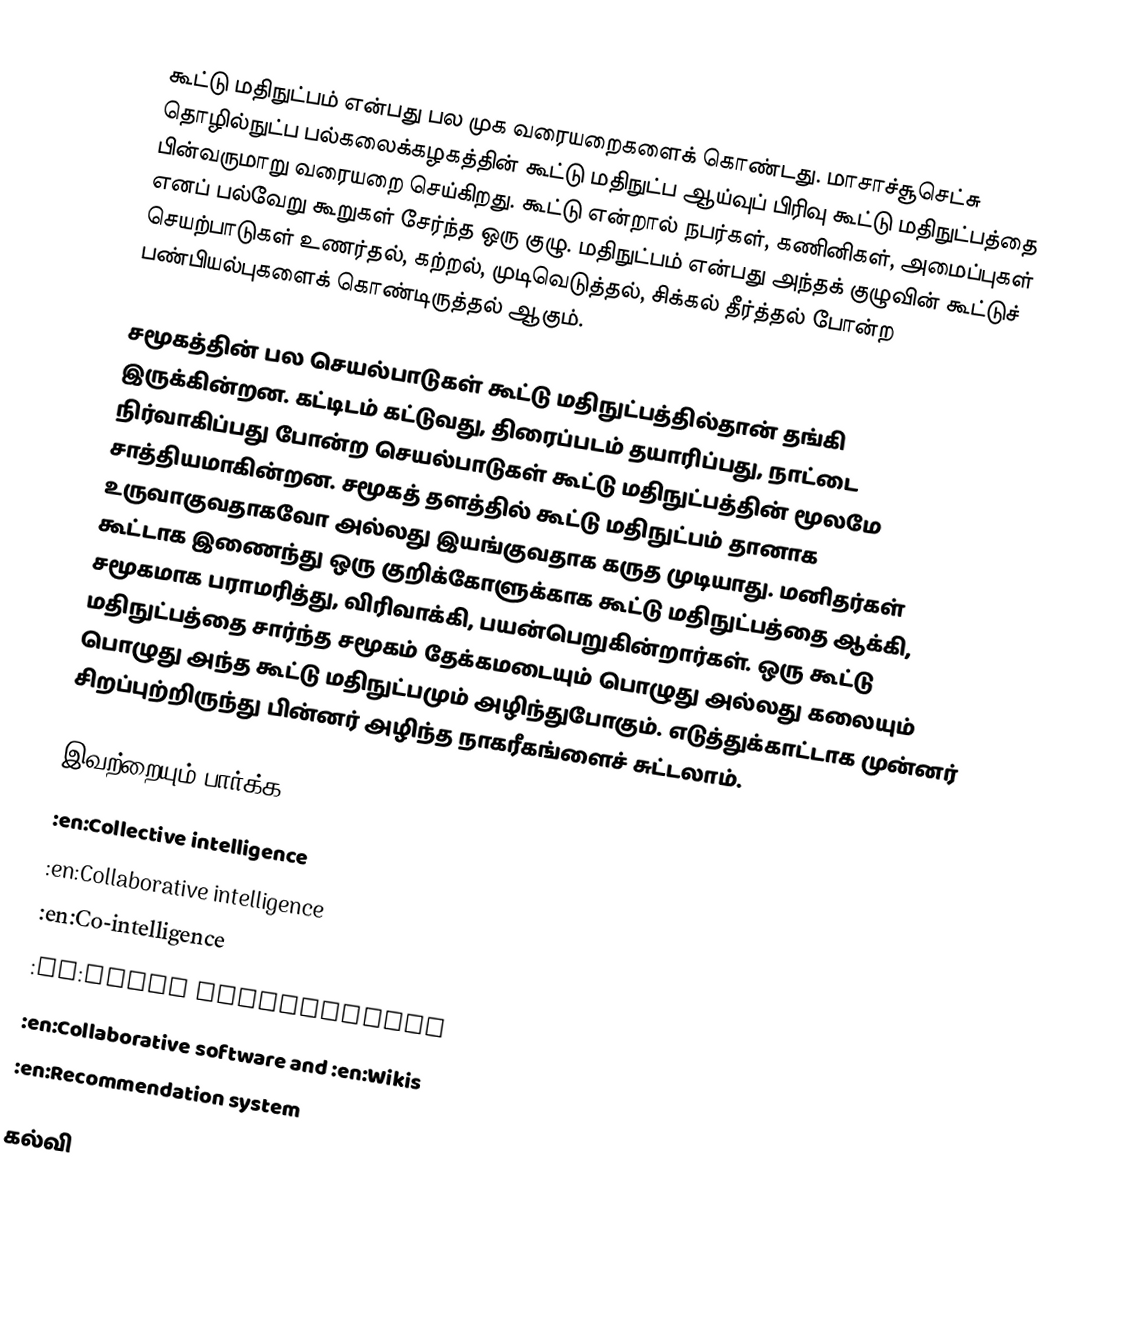
கூட்டு மதிநுட்பம் என்பது பல முக வரையறைகளைக் கொண்டது. மாசாச்சூசெட்சு தொழில்நுட்ப பல்கலைக்கழகத்தின் கூட்டு மதிநுட்ப ஆய்வுப் பிரிவு கூட்டு மதிநுட்பத்தை பின்வருமாறு வரையறை செய்கிறது. கூட்டு என்றால் நபர்கள், கணினிகள், அமைப்புகள் எனப் பல்வேறு கூறுகள் சேர்ந்த ஒரு குழு.  மதிநுட்பம் என்பது அந்தக் குழுவின் கூட்டுச் செயற்பாடுகள் உணர்தல், கற்றல், முடிவெடுத்தல், சிக்கல் தீர்த்தல் போன்ற பண்பியல்புகளைக் கொண்டிருத்தல் ஆகும்.

சமூகத்தின் பல செயல்பாடுகள் கூட்டு மதிநுட்பத்தில்தான் தங்கி இருக்கின்றன.  கட்டிடம் கட்டுவது, திரைப்படம் தயாரிப்பது, நாட்டை நிர்வாகிப்பது போன்ற செயல்பாடுகள் கூட்டு மதிநுட்பத்தின் மூலமே சாத்தியமாகின்றன.  சமூகத் தளத்தில் கூட்டு மதிநுட்பம் தானாக உருவாகுவதாகவோ அல்லது இயங்குவதாக கருத முடியாது.  மனிதர்கள் கூட்டாக இணைந்து ஒரு குறிக்கோளுக்காக கூட்டு மதிநுட்பத்தை ஆக்கி, சமூகமாக பராமரித்து, விரிவாக்கி, பயன்பெறுகின்றார்கள்.  ஒரு கூட்டு மதிநுட்பத்தை சார்ந்த சமூகம் தேக்கமடையும் பொழுது அல்லது கலையும் பொழுது அந்த கூட்டு மதிநுட்பமும் அழிந்துபோகும்.  எடுத்துக்காட்டாக முன்னர் சிறப்புற்றிருந்து பின்னர் அழிந்த நாகரீகங்ளைச் சுட்டலாம்.

இவற்றையும் பார்க்க
 :en:Collective intelligence
 :en:Collaborative intelligence
 :en:Co-intelligence
 :en:Swarm Intelligence
 :en:Collaborative software and :en:Wikis
 :en:Recommendation system

கல்வி